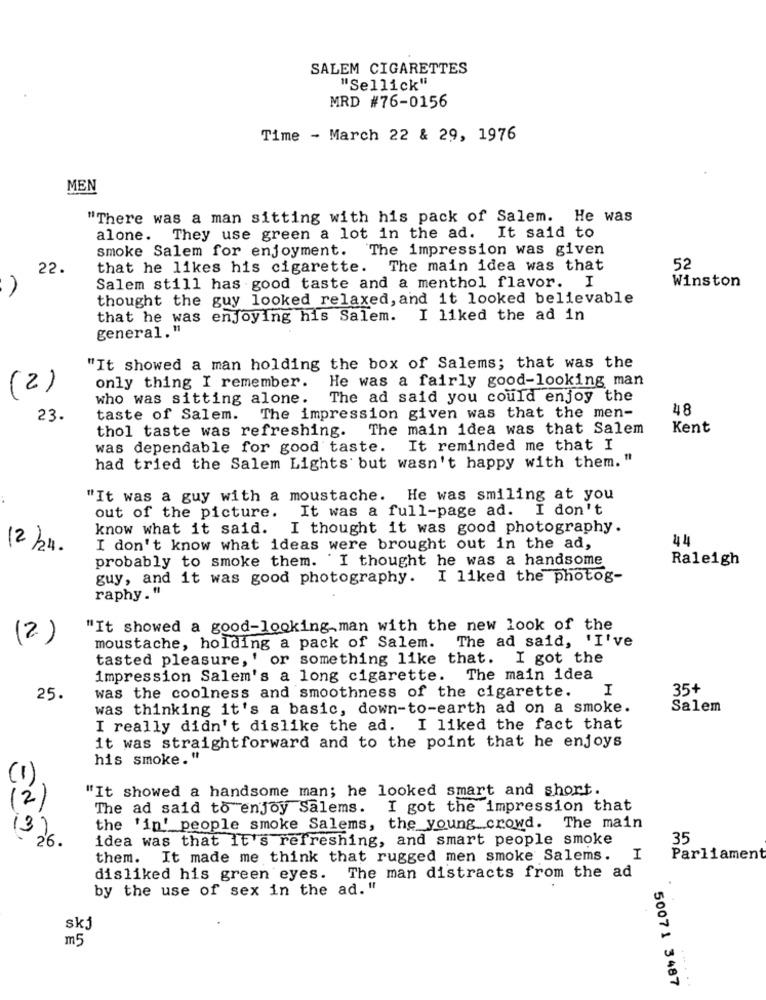
SALEM CIGARETTES
"Sellick"
MRD #76-0156
Time - March 22 & 29, 1976
MEN
"There was a man sitting with his pack of Salem. He was
alone. They use green a lot in the ad. It said to
smoke Salem for enjoyment. The impression was given
22.
that he likes his cigarette. The main idea was that
52
Winston
Salem still has good taste and a menthol flavor. I
thought the guy looked relaxed, and it looked believable
that he was enjoying his Salem. I liked the ad in
general."
"It showed a man holding the box of Salems; that was the
He was a fairly good-looking man
(2)
only thing I remember.
who was sitting alone.
The ad said you could enjoy the
48
23.
taste of Salem.
The impression given was that the men-
thol taste was refreshing. The main idea was that Salem
Kent
was dependable for good taste.
It reminded me that I
had tried the Salem Lights but wasn't happy with them. "
"It was a guy with a moustache. He was smiling at you
out of the picture. It was a full-page ad. I don't
know what it said. I thought it was good photography.
44
12 /24.
I don't know what ideas were brought out in the ad,
probably to smoke them. I thought he was a handsome
Raleigh
guy, and it was good photography. I liked the photog-
raphy."
"It showed a good-looking.man with the new look of the
(2)
moustache, holding a pack of Salem. The ad said, 'I've
tasted pleasure, ' or something like that. I got the
impression Salem's a long cigarette. The main idea
was the coolness and smoothness of the cigarette.
I
35+
25.
was thinking it's a basic, down-to-earth ad on a smoke.
Salem
I really didn't dislike the ad. I liked the fact that
it was straightforward and to the point that he enjoys
his smoke."
(1)
"It showed a handsome man; he looked smart and short.
(2)
The ad said to enjoy Salems.
I got the impression that
(3)
the 'in' people smoke Salems, the young crowd. The main
26
idea was that It's refreshing, and smart people smoke
35
them. It made me think that rugged men smoke Salems. I
Parliament
disliked his green eyes. The man distracts from the ad
by the use of sex in the ad. "
.
skj
m 5
50071 3487